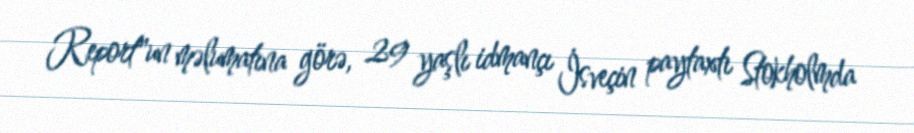
Report"un məlumatına görə, 29 yaşlı idmançı İsveçin paytaxtı Stokholmda